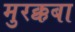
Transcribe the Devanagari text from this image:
मुरक्कबा